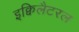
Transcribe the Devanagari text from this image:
इक्विलैटरल